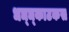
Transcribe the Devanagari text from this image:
धञ्ञ्काटकस